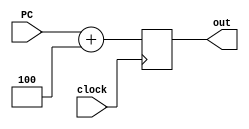
`define ALU_OPERATION_ADD 3'b000
`define ALU_OPERATION_SUB 3'b001
`define ALU_OPERATION_AND 3'b010
`define ALU_OPERATION_OR 3'b011
`define ALU_OPERATION_XOR 3'b100
`define ALU_OPERATION_SLL 3'b101
`define ALU_OPERATION_SRL 3'b110
`define ALU_OPERATION_SRA 3'b111
module PCINC (
    input wire clock,
    input wire [31:0] PC,
    output reg [31:0] out
);

  always @(negedge clock) begin
    out = PC + 32'd4;
  end

endmodule
module ALU (
    input  wire        clock,
    input  wire [ 2:0] opcode,
    input  wire [31:0] op_0,
    input  wire [31:0] op_1,
    output reg  [31:0] out,
    output reg         ZERO,
    output reg         NEGATIVE
);


  initial begin
    ZERO    = 1;
    NEGATIVE    = 0;
  end

  always @(posedge clock) begin

    case (opcode)
      `ALU_OPERATION_ADD: out = op_0 + op_1;
      `ALU_OPERATION_SUB: out = op_0 - op_1;
      `ALU_OPERATION_AND: out = op_0 & op_1;
      `ALU_OPERATION_OR:  out = op_0 | op_1;
      `ALU_OPERATION_XOR: out = op_0 ^ op_1;
      `ALU_OPERATION_SLL: out = op_0 << op_1[4:0];
      `ALU_OPERATION_SRL: out = op_0 >> op_1[4:0];
      `ALU_OPERATION_SRA: out = ($signed(op_0)) >>> op_1[4:0];
      default:            out = 0;
    endcase


    if (out == 0) begin
      ZERO <= 1;
    end else begin
      ZERO <= 0;
    end

    if (out[31] == 1) begin
      NEGATIVE <= 1;
    end else begin
      NEGATIVE <= 0;
    end

    $display("out: 0x%h zero: %b op_1: %b", out, ZERO, NEGATIVE);

  end


endmodule